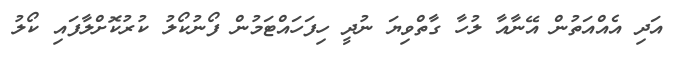
އަދި އެއްއަތުން އޭނާއާ ލުހާ ގާތްވިޔަ ނުދީ ހިފަހައްޓަމުން ފޯނުކޯލު ކުރުކޮށްލާފައި ކޯލު